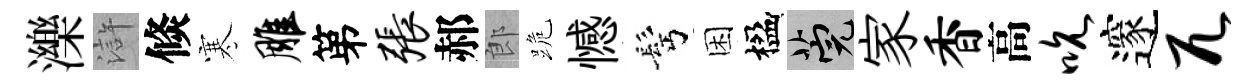
濼滸倐寒雕第张郝郎跪憾髩困楹筦家香高吮邃兀